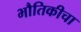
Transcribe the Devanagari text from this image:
भौतिकीचा